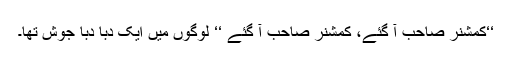
‘‘کمشنر صاحب آ گئے، کمشنر صاحب آ گئے ‘‘ لوگوں میں ایک دبا دبا جوش تھا۔